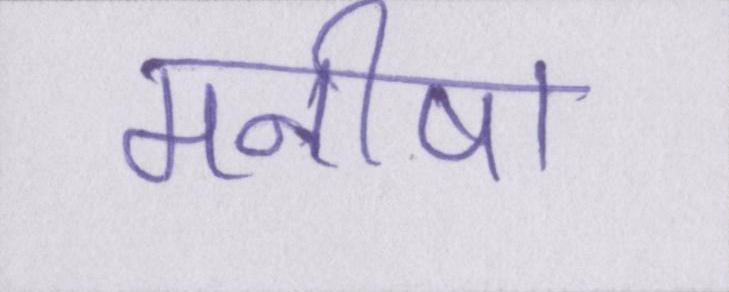
मनीषा